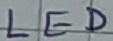
Text: LED